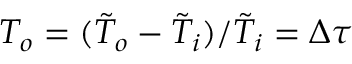
T _ { o } = ( \tilde { T } _ { o } - \tilde { T } _ { i } ) / \tilde { T } _ { i } = \Delta \tau